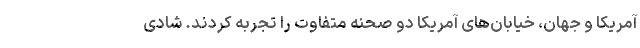
آمریکا و جهان، خیابان‌های آمریکا دو صحنه متفاوت را تجربه کردند. شادی